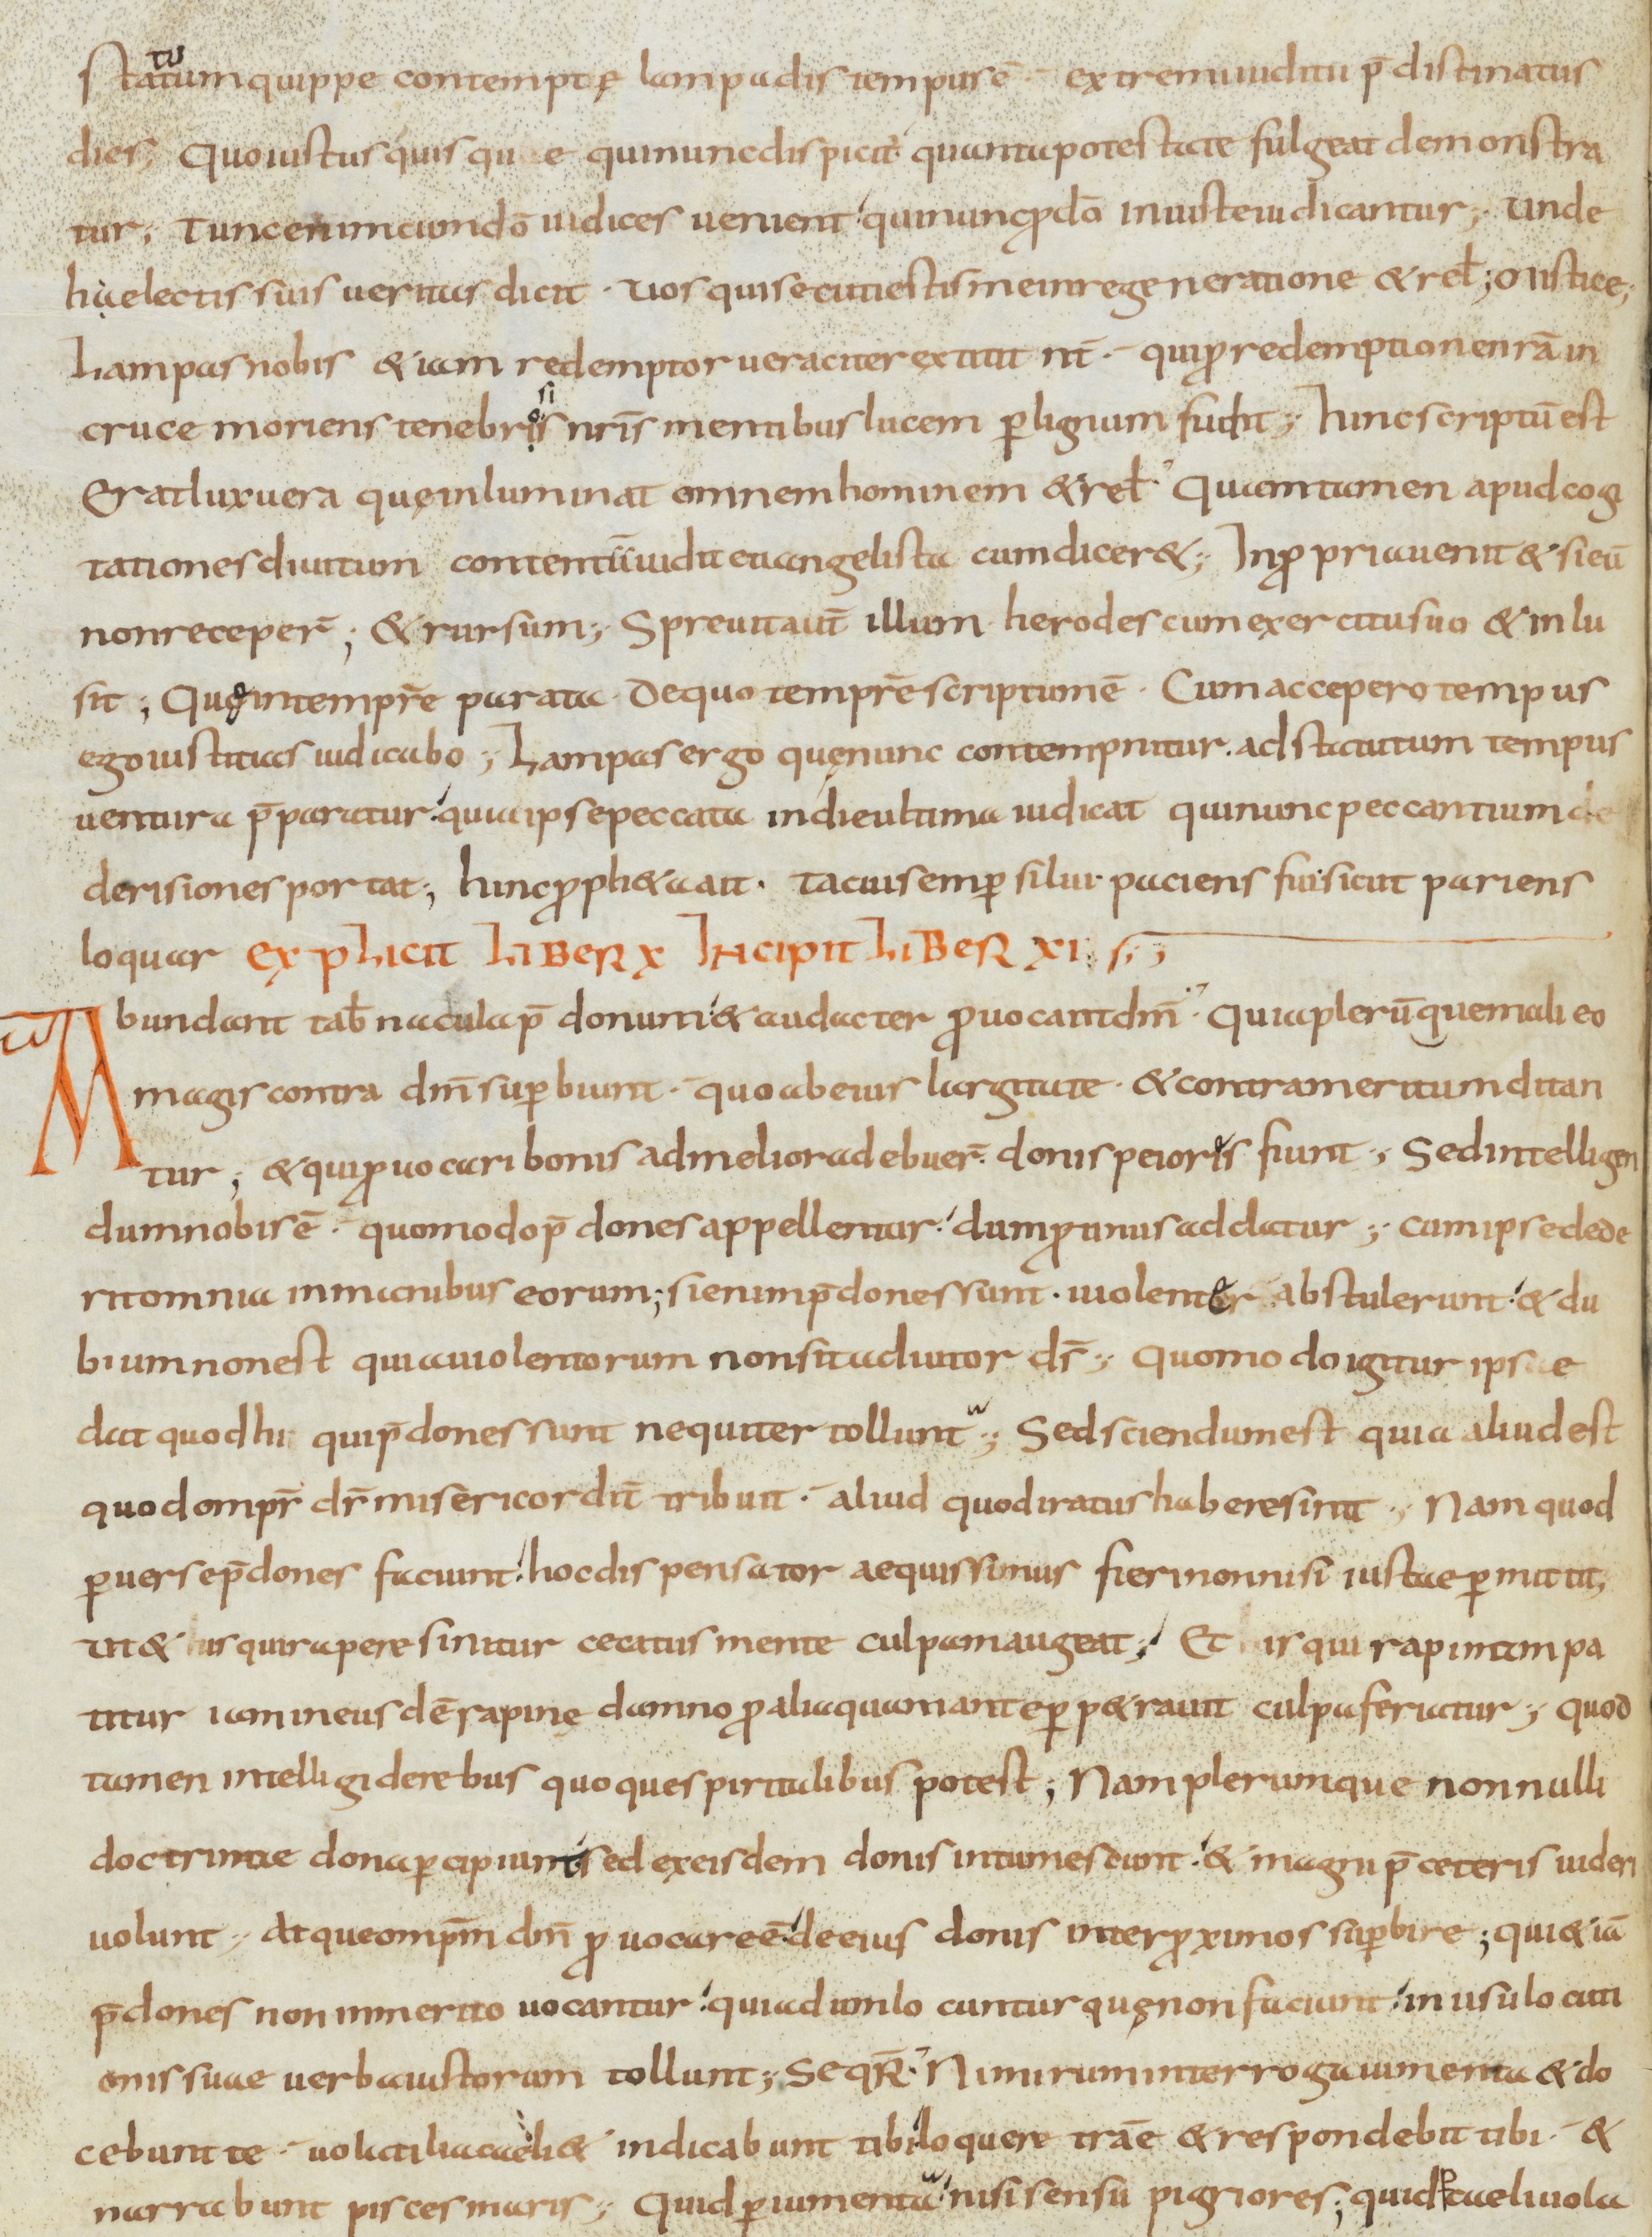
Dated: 900–999